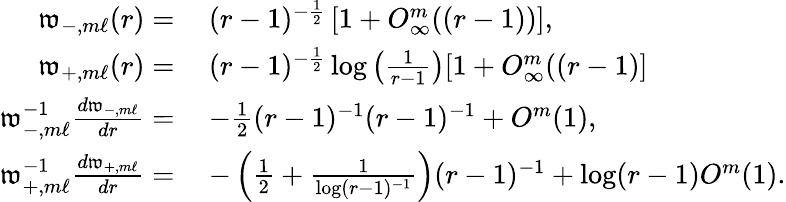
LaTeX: \begin{array}{rl}{\mathfrak{w}_{-,m\ell}(r)=}&{\: (r-1)^{-\frac{1}{2}}\left[1+O_{\infty}^{m}((r-1))\right],}\\ {\mathfrak{w}_{+,m\ell}(r)=}&{\: (r-1)^{-\frac{1}{2}}\log\left(\frac{1}{r-1}\right)[1+O_{\infty}^{m}((r-1)]}\\ {\mathfrak{w}_{-,m\ell}^{-1}\frac{d\mathfrak{w}_{-,m\ell}}{dr}=}&{\: -\frac{1}{2}(r-1)^{-1}(r-1)^{-1}+O^{m}(1),}\\ {\mathfrak{w}_{+,m\ell}^{-1}\frac{d\mathfrak{w}_{+,m\ell}}{dr}=}&{\: -\left(\frac{1}{2}+\frac{1}{\log(r-1)^{-1}}\right)(r-1)^{-1}+\log(r-1)O^{m}(1).}\end{array}